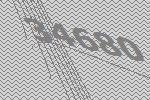
34680